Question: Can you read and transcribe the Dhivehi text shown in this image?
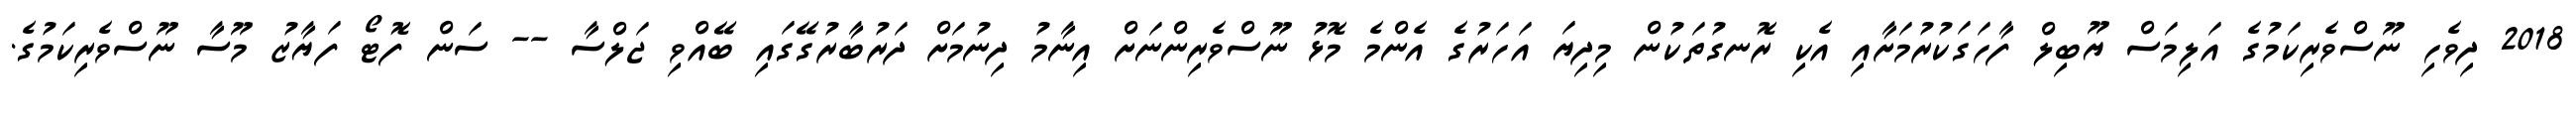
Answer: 2018 ދިވެހި ނޫސްވެރިކަމުގެ އަލިމަސް ޔޫބިލް ފާހަގަކުރުމަށާއި އެކި ރޮނގުތަކުން މިދިޔަ އަހަރުގެ އެންމެ މޮޅު ނޫސްވެރިންނަށް އިނާމު ދިނުމަށް ދަރުބާރުގޭގައި ބޭއްވި ޖަލްސާ -- ސަން ފޮޓޯ ފަޔާޒު މޫސާ ނޫސްވެރިކަމުގެ.